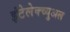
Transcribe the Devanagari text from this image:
इंटेलेक्च्युअल